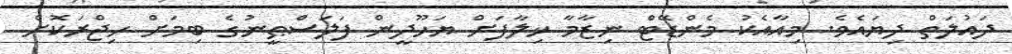
ދައުލަތް ދިޔައެވެ. މިއާއެކު މެންޑޭޓް ނިޒާމާ ޚިލާފަށް ޔަހޫދީން ފަލަސްޠީނުގެ ބިމަށް ހިޖްރަކޮށް